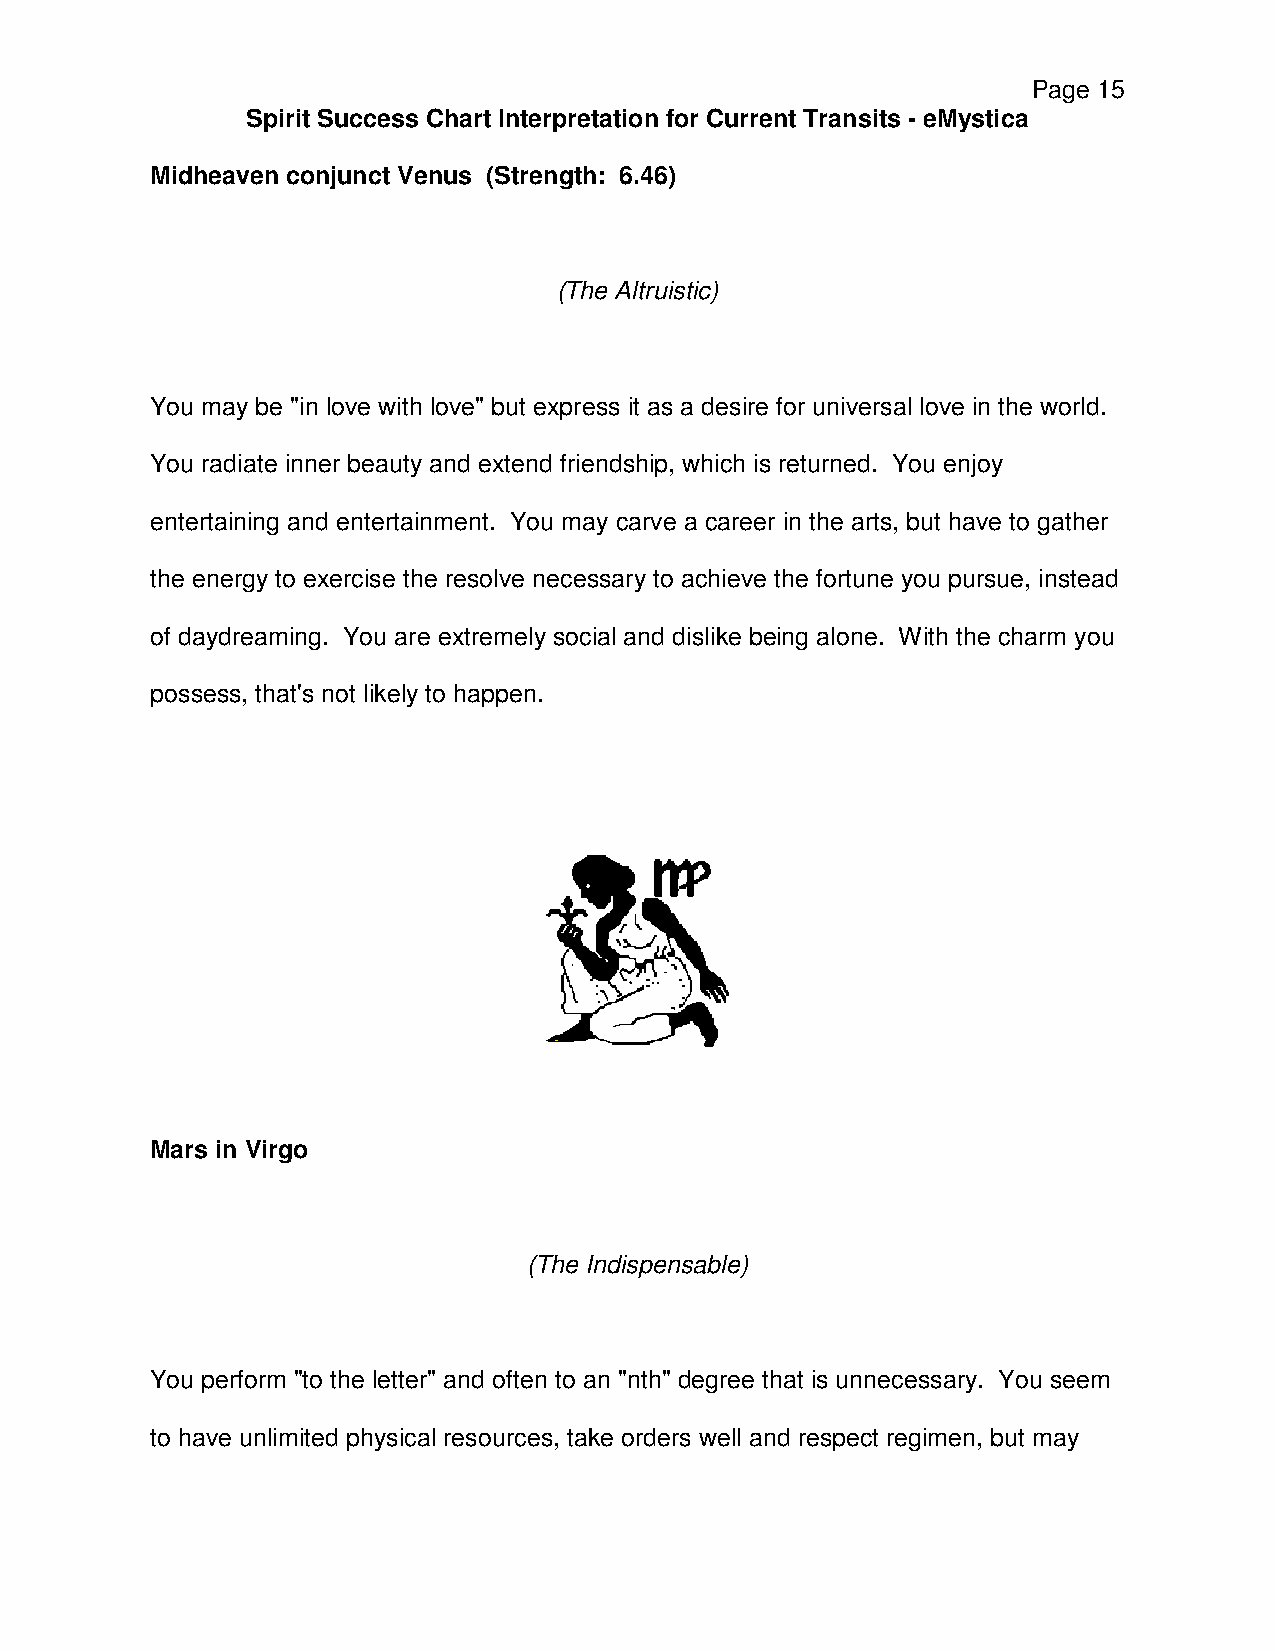
Page 15
 Spirit Success Chart Interpretation for Current Transits - eMystica
 Midheaven conjunct Venus (Strength: 6.46)
 (The Altruistic)
 You may be "in love with love" but express it as a desire for universal love in the world.
 You radiate inner beauty and extend friendship, which is returned. You enjoy
 entertaining and entertainment. You may carve a career in the arts, but have to gather
 the energy to exercise the resolve necessary to achieve the fortune you pursue, instead
 of daydreaming. You are extremely social and dislike being alone. With the charm you
 possess, that's not likely to happen.
 Mars in Virgo
 (The Indispensable)
 You perform "to the letter" and often to an "nth" degree that is unnecessary. You seem
 to have unlimited physical resources, take orders well and respect regimen, but may